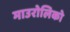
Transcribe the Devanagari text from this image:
माउरोलिको